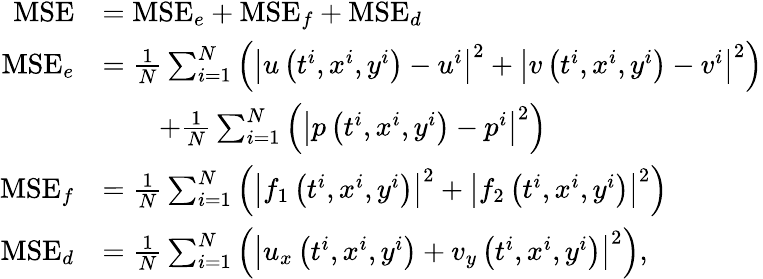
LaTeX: \begin{array}{rl}{\mathrm{MSE}}&{=\mathrm{MSE}_{e}+\mathrm{MSE}_{f}+\mathrm{MSE}_{d}}\\ {\mathrm{MSE}_{e}}&{=\frac{1}{N}\sum_{i=1}^{N}\left(\left|u\left(t^{i},x^{i},y^{i}\right)-u^{i}\right|^{2}+\left|v\left(t^{i},x^{i},y^{i}\right)-v^{i}\right|^{2}\right)}\\ &{\qquad+\frac{1}{N}\sum_{i=1}^{N}\left(\left|p\left(t^{i},x^{i},y^{i}\right)-p^{i}\right|^{2}\right)}\\ {\mathrm{MSE}_{f}}&{=\frac{1}{N}\sum_{i=1}^{N}\left(\left|f_{1}\left(t^{i},x^{i},y^{i}\right)\right|^{2}+\left|f_{2}\left(t^{i},x^{i},y^{i}\right)\right|^{2}\right)}\\ {\mathrm{MSE}_{d}}&{=\frac{1}{N}\sum_{i=1}^{N}\left(\left|u_{x}\left(t^{i},x^{i},y^{i}\right)+v_{y}\left(t^{i},x^{i},y^{i}\right)\right|^{2}\right),}\end{array}